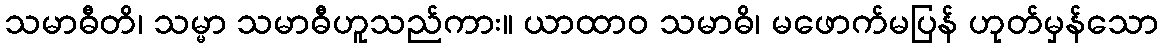
သမာဓီတိ၊ သမ္မာ သမာဓီဟူသည်ကား။ ယာထာဝ သမာဓိ၊ မဖောက်မပြန် ဟုတ်မှန်သော